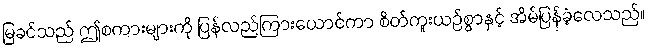
မြခင်သည် ဤစကားများကို ပြန်လည်ကြားယောင်ကာ စိတ်ကူးယဉ်စွာနှင့် အိမ်ပြန်ခဲ့လေသည်။